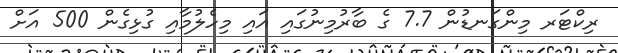
ރިކްޓަރ މިންގަނޑުން 7.7 ގެ ބާރުމިނުގައި އައި މިހެލުމާއި ގުޅިގެން 500 އަށް